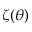
\zeta ( \theta )